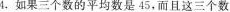
4.如果三个数的平均数是45，而且这三个数